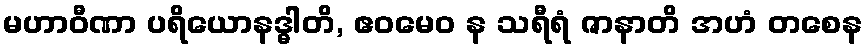
မဟာဝီဏာ ပရိယောနဒ္ဓါတိ, ဧဝမေဝ န သရီရံ ဇာနာတိ အဟံ တစေန